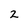
Character: 2